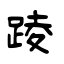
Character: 踜